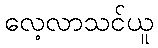
လေ့လာသင်ယူ